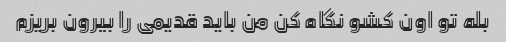
بله تو اون کشو نگاه کن من باید قدیمی را بیرون بریزم